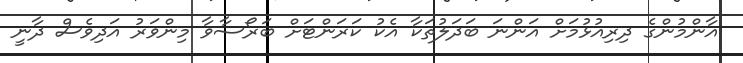
އާންމުންގެ ދިރިއުޅުމަށް އަންނަ ބަދަލުތަކާ އެކު ކަރަންޓަށް ބަރޯސާވާ މިންވަރު އަދިވެސް ދާނީ